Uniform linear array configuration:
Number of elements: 24
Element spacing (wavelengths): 0.5
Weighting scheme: uniform
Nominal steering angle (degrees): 15
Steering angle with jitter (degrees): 16.201
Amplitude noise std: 0.05
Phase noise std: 0.05

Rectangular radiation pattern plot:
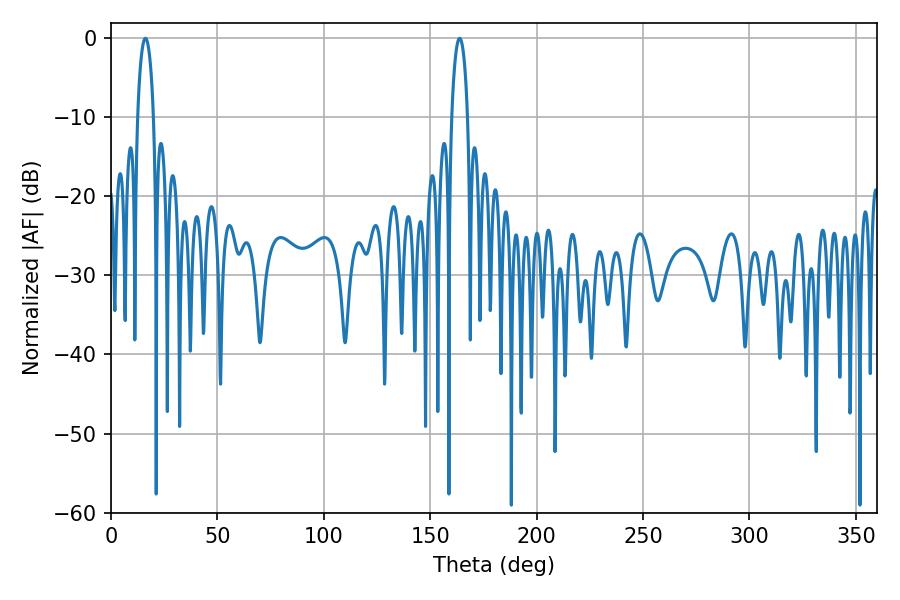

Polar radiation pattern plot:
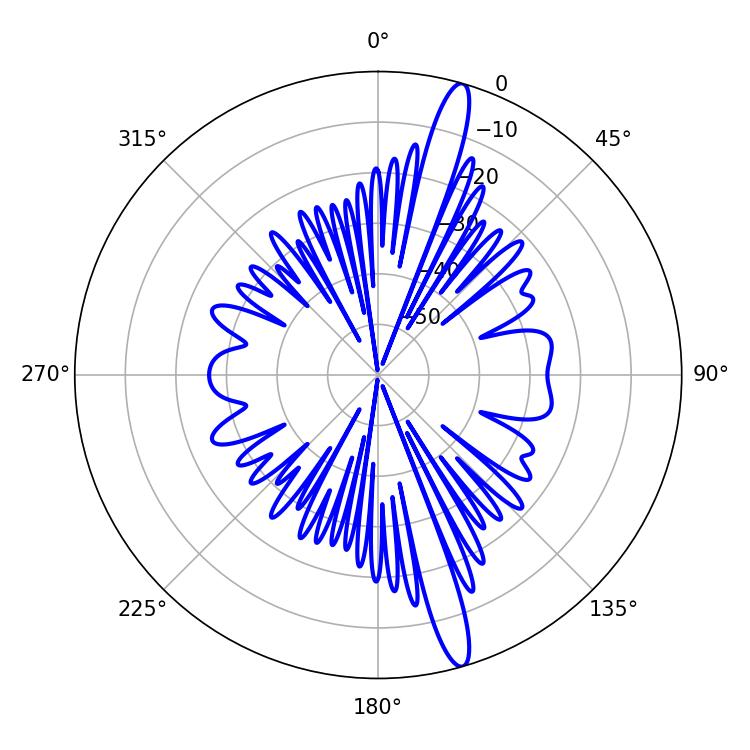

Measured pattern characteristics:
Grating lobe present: FALSE
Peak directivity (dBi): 16.172
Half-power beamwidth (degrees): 4.32
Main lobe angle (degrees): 16.2